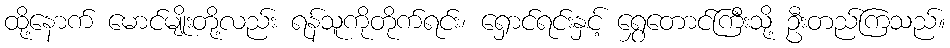
ထို့နောက် မောင်မျိုးတို့လည်း ရန်သူကိုတိုက်ရင်း၊ ရှောင်ရင်းနှင့် ရွှေတောင်ကြီးသို့ ဦးတည်ကြသည်။